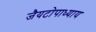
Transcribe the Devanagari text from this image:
जैयटोपाध्याय